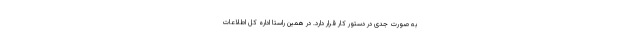
به صورت جدی در دستور کار قرار دارد. در همین راستا اداره کل اطلاعات